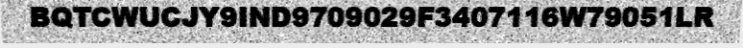
BQTCWUCJY9IND9709029F3407116W79051LR